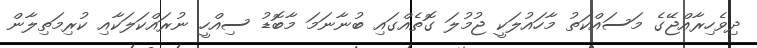
ދިވެހިރާއްޖޭގެ މަސައްކަތު މާހައުލަކީ ޖުމުލަ ގޮތެއްގައި ބުނާނަމަ މާބޮޑު ސިއްހީ ނުރައްކަލަކާއި ކުރިމަތިލާން